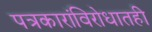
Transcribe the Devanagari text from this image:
पत्रकारांविरोधातही